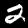
Label: 2